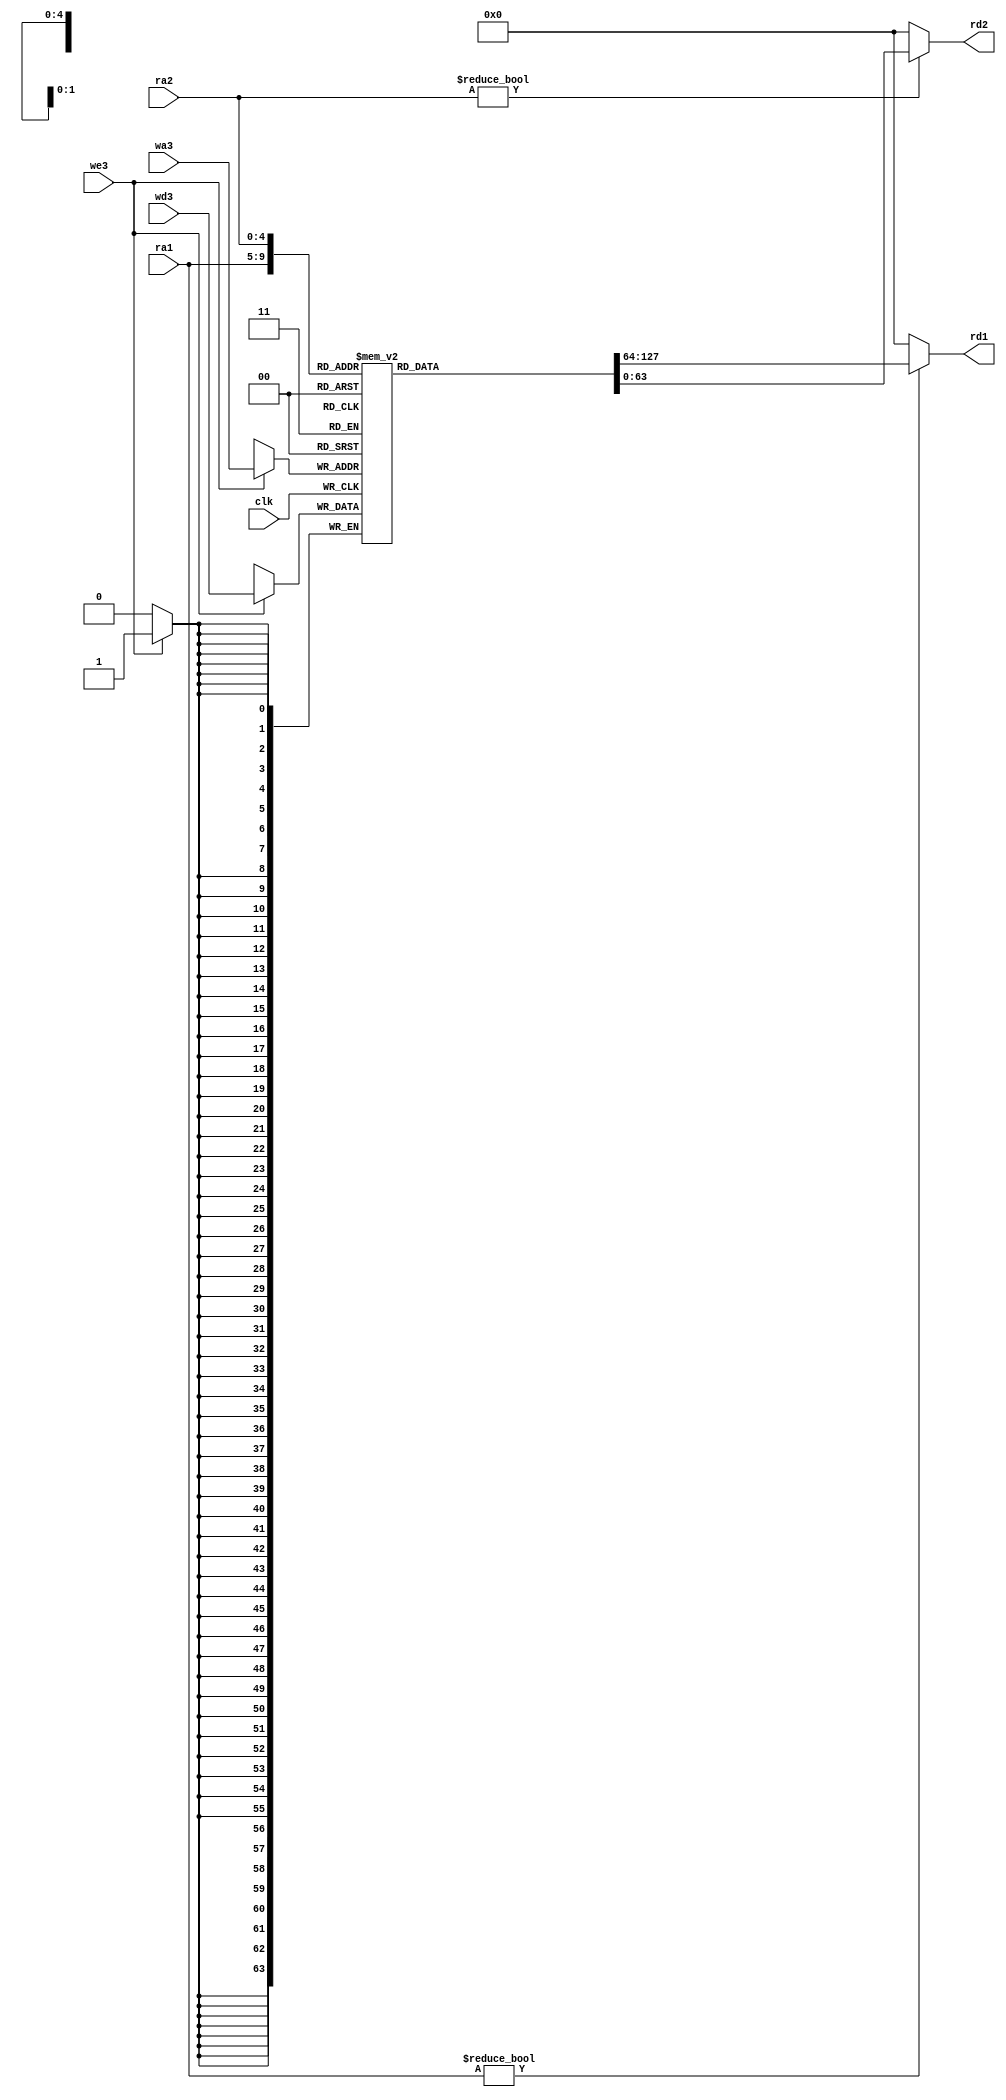
module regfile(input clk, we3, 
               input [4:0] ra1, ra2, wa3,
               input [63:0] wd3, 
               output [63:0] rd1, rd2
                );
    reg [63:0] REG [31:0];
    always @(posedge clk) begin
        if (we3) begin
            REG[wa3] <= wd3;
        end
    end
    assign rd1 = (ra1 != 0) ? REG[ra1]: 0;
    assign rd2 = (ra2 != 0) ? REG[ra2]: 0;
endmodule